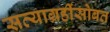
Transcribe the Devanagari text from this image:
सत्याग्रहींसोबत